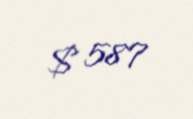
$ 587